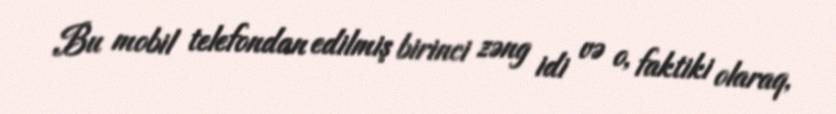
Bu mobil telefondan edilmiş birinci zəng idi və o, faktiki olaraq,